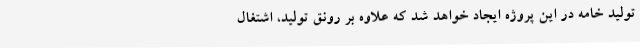
تولید خامه در این پروژه ایجاد خواهد شد که علاوه بر رونق تولید، اشتغال